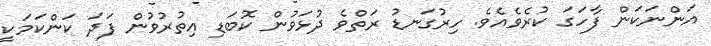
އަންނަކަން ފާހަގަ ކުރެވެއެވެ. ހިރުގަނޑު ރަތްވެ ދުޅަވުން ކޮބަޑި އިތުރުވުން ފަދަ ކަންކަމަކީ